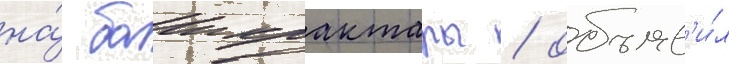
на́ баикрактары / объяв'и́л